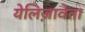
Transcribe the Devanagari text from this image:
येलिज़ावेता